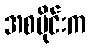
အစပိုင်းက